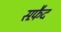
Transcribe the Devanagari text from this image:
सफै़द